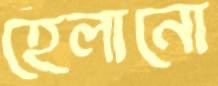
হেলানো